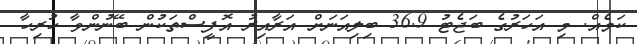
ކަމެއް. މި އަހަރުގެ ބަޖެޓު 36.9 ބިލިއަނަށް އަރާއިރު އޮފީސްތަކުން ބޭނުންވާ ހުރިހާ